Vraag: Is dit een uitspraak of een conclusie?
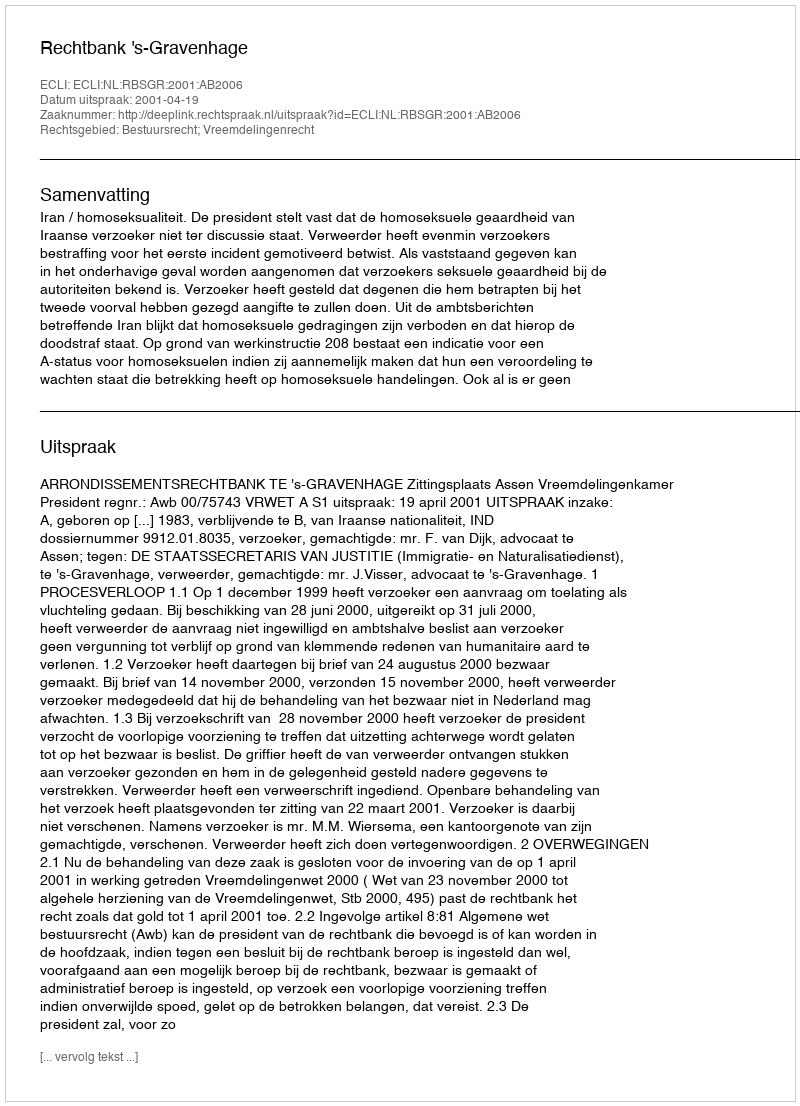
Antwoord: Uitspraak